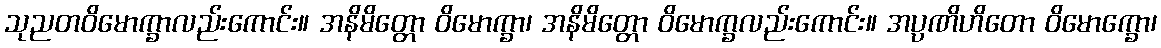
သုညတဝိမောက္ခာလည်းကောင်း။ အနိမိတ္တော ဝိမောက္ခာ၊ အနိမိတ္တော ဝိမောက္ခလည်းကောင်း။ အပ္ပဏိဟိတော ဝိမောက္ခော၊